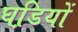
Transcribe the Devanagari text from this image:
घडि़यों